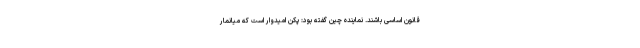
قانون اساسی باشند. نماینده چین گفته بود: پکن امیدوار است که میانمار